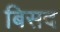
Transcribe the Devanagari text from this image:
बिसद